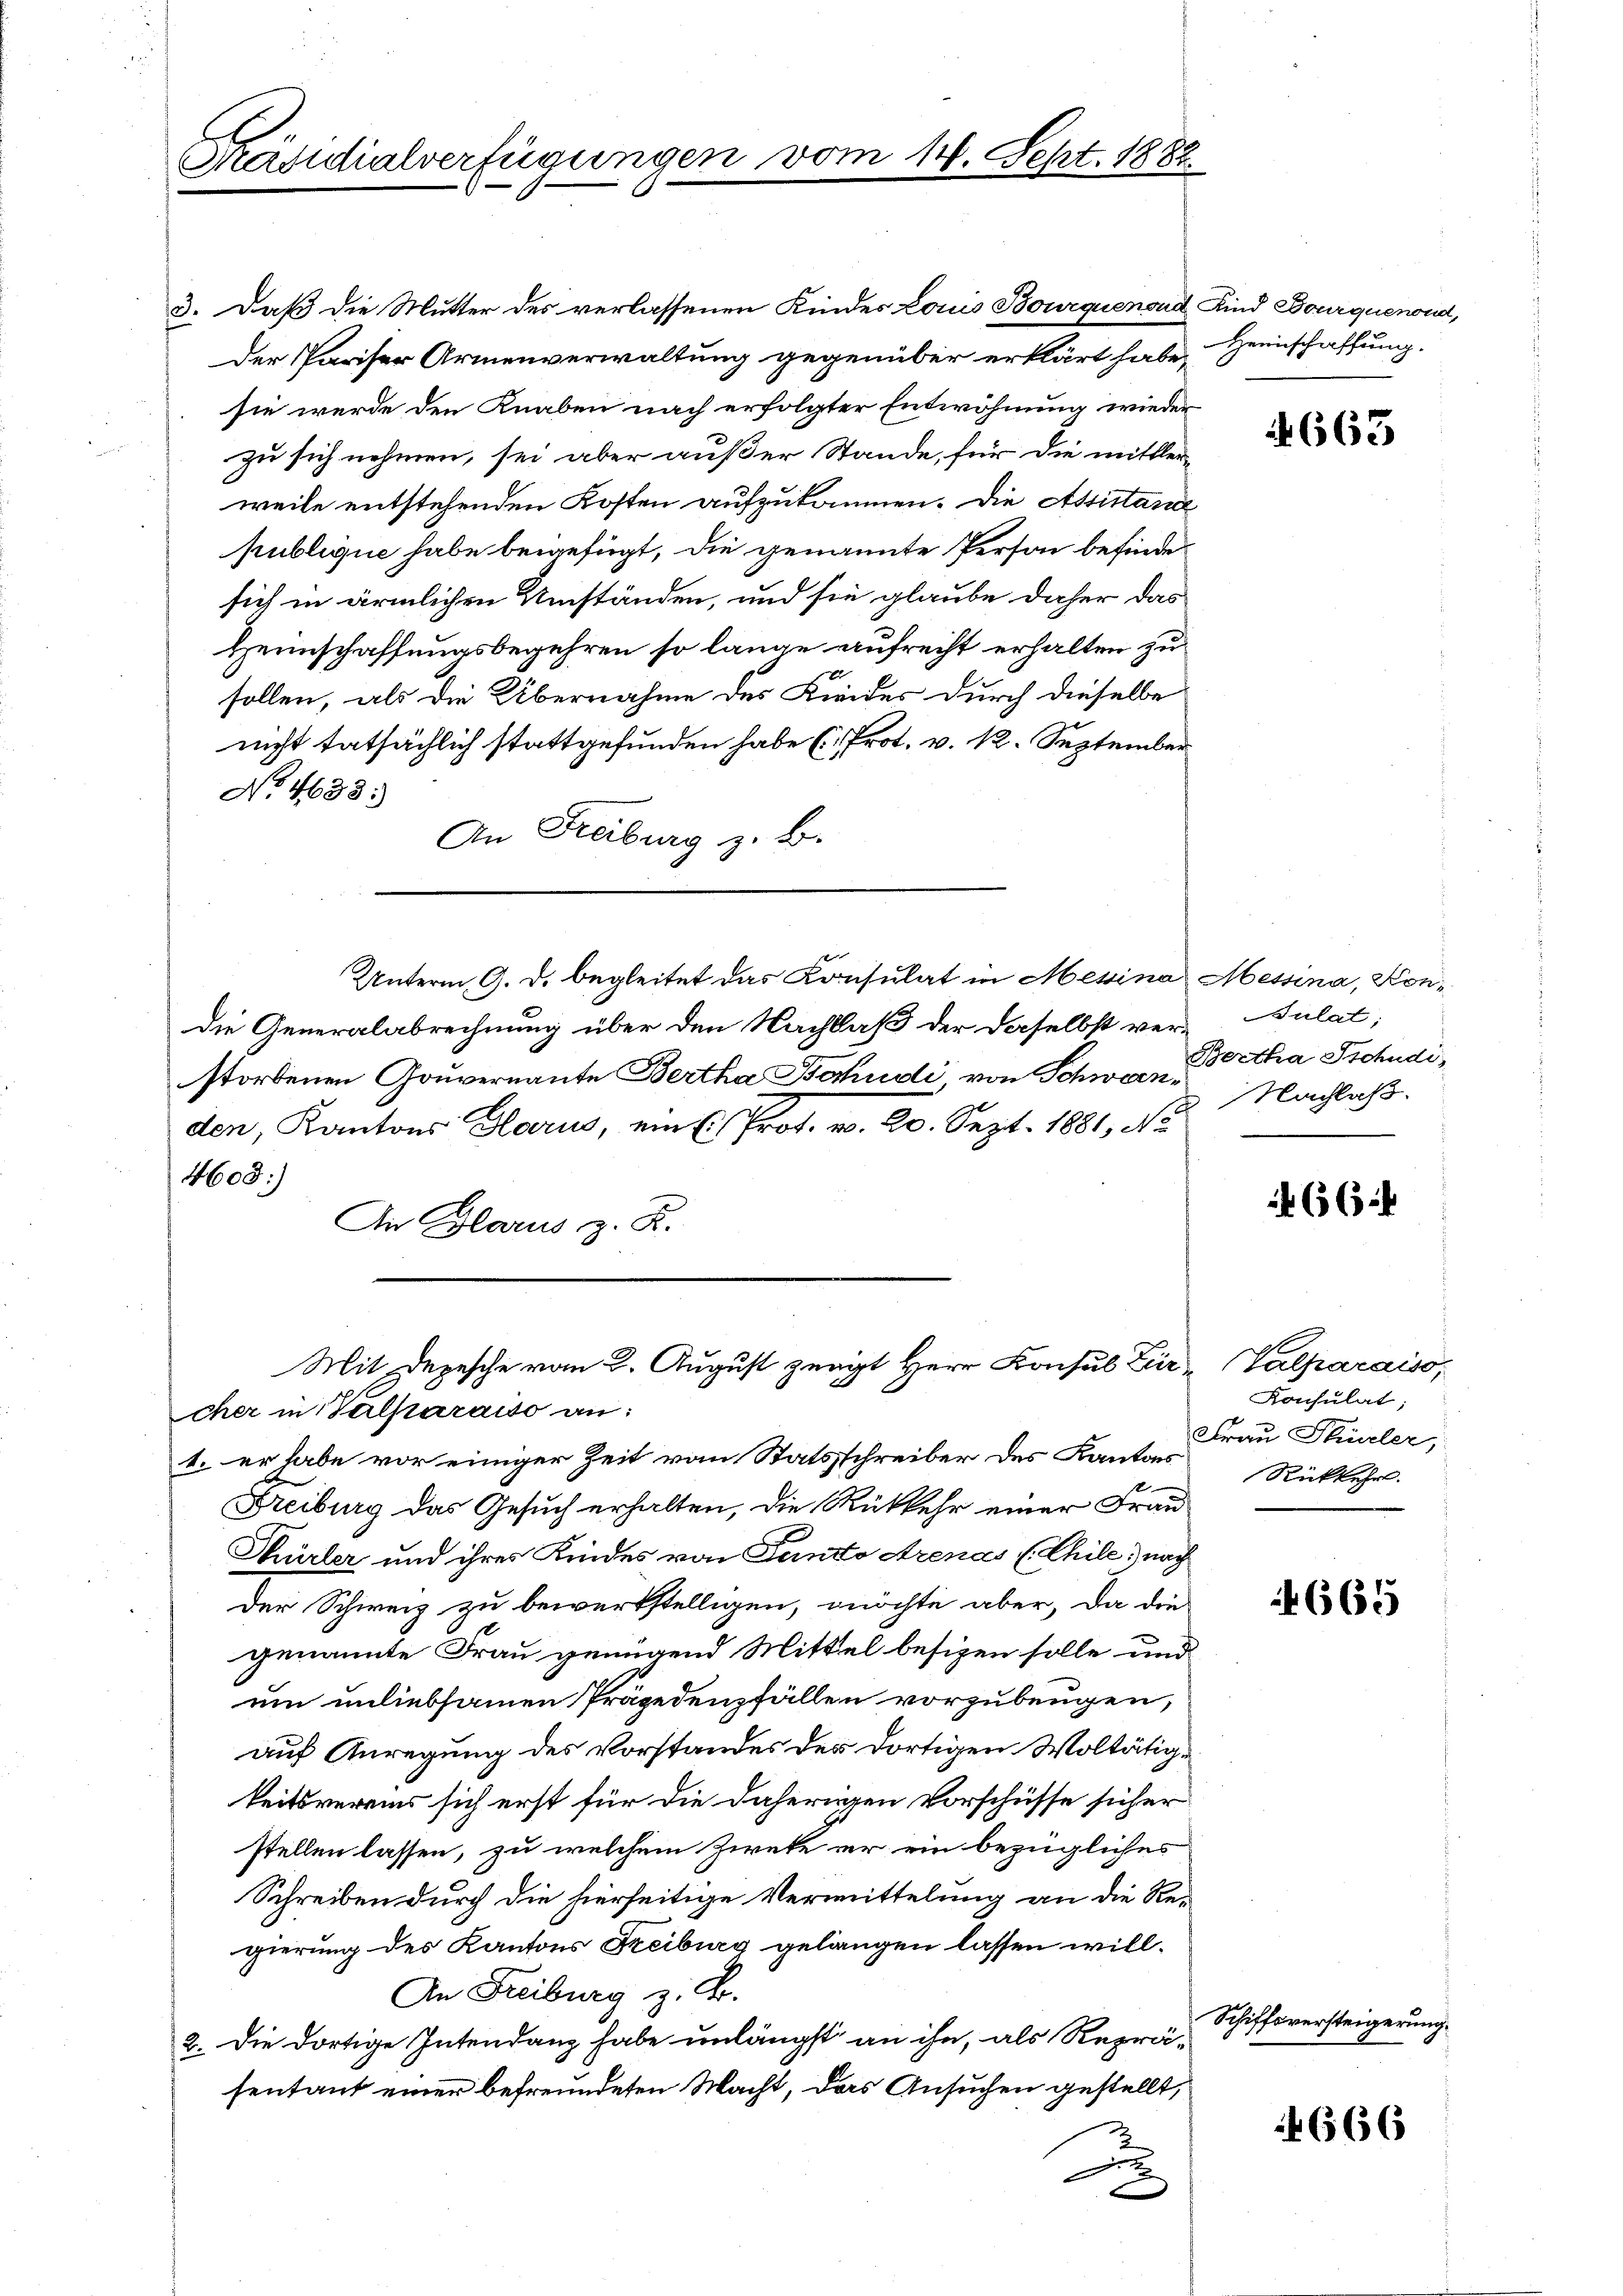
3. Daß die Mutter des verlassenen Kindes Louis Bourquenoud Kind Bourquenoud,
Der Pariser Armenverwaltung gegenüber erklärt habe, Heinschaffung.
sie werde den Knaben nach erfolgter Entwöhnung wieder
zu sich nehmen, sei aber außer Stande, für die mittler-
weile entstehenden Kosten aufzukommen. Die Assistand
publique habe beigefügt, die genannte Person befinde-
sich in ärmlichen Umständen, und sie glaube daher das
Heimschaffungsbegehren so lange aufrecht erhalten zu
sollen, als die Übernahme des Kindes durch dieselbe
nicht tatsächlich stattgefunden habe (Prot. v. 12. September
No. 4638:
An Freiburg z. B.
die Generalabrechnung über den Nachlaß der daselbst ver-Sulat,
storbenen Gouvernannte Bertha Bochudi von Schwanden, Kantons Glarus, ein Prot. v. 20. Sept. 1881, No
4608:
An Glarus z. R.
Mit Depesche vom 2. August zeigt Herr Konsul Zir-Valparaiso
cher in alparaiso an:
1. er habe vor einiger Zeit von Statsschreiber des Kantons
s
Freiburg das Gesuch erhalten, die Rückkehr einer Frau
Türler und ihres Kindes von Tanto Arenas (Chile; nach
Der Schweiz zu bewerkstelligen, möchte aber, da die
genannte Frau genügend Mittel besizen solle und
um unliebsamen Präjedenzfällen vorzubeugen,
auf Anregung des Vorstandes der dortigen Woltätige
keitsvereins sich erst für die daherigen Vorschüsse sicher
stellen lassen, zu welchem Zweke er ein bezügliches
Schreiben durch die hierseitige Vermittelung an die Re-
gierung des Kantons Freiburg gelangen lassen will¬
An Freiburg z. B.
2. Die dortige Intendanz habe unlängst an ihn, als Reprä-
sentant einer befreundeten Macht, das Ansuchen gestellt,
x
e

Präsidialverfügungen vom 14. Sept. 1882

Unterm 9. d. begleitet das Konsulat in Messina Messina, Kon¬

A 663

Bertha Schudi,
Nachlaß.

656

Konsulat;
Frau Stürler,
Rückkehr.

665

Schiffsversteigerung.

666